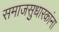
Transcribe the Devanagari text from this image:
समाजसुधारकांना